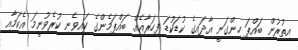
އިތުރުން ބައްޕަ ހިންގަނީ އާދައިގެ ކުޑަކުޑަ ފިހަރާއެއް. ބައްޕަމެންގެ ކައިވެނި ކުރެވުނީމަ އެކަމާއި